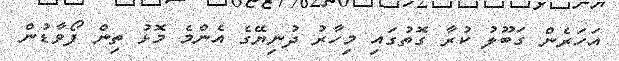
އަހަރެން ގަބޫލު ކުރާ ގޮތުގައި މިހާރު ދުނިޔޭގެ އެންމެ މޮޅު ތިން ފޯވާޑުން